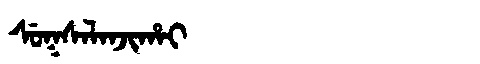
Manchu: ᠰᡠᡴᠰᠠᠯᠠᠨᠵᡳᡥᠠᡳ
Romanization: SUKSALANJIHAI